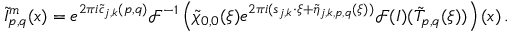
\tilde { I } _ { p , q } ^ { m } ( \boldsymbol { x } ) = e ^ { 2 \pi i \tilde { c } _ { j , k } ( p , q ) } \mathcal { F } ^ { - 1 } \left( \tilde { \chi } _ { 0 , 0 } ( \boldsymbol { \xi } ) e ^ { 2 \pi i ( \boldsymbol { s } _ { j , k } \cdot \boldsymbol { \xi } + \tilde { \eta } _ { j , k , p , q } ( \boldsymbol { \xi } ) ) } \mathcal { F } ( I ) ( \tilde { T } _ { p , q } ( \boldsymbol { \xi } ) ) \right) ( \boldsymbol { x } ) \, .